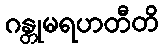
ဂန္တုမရဟတီတိ